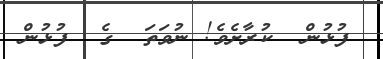
ފުޅުން  ކުރާށެވެ! ނުވަތަ  ގެ  ފުޅުން